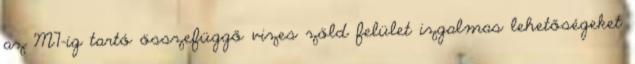
az M7-ig tartó összefüggő vizes zöld felület izgalmas lehetőségeket